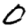
Digit: 0